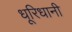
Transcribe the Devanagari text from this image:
धूरिधानी